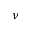
\nu